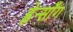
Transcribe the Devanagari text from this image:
ह्वेन्साँग